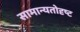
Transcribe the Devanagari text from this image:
सामान्यतोदृष्ट